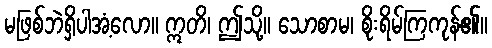
မဖြစ်ဘဲရှိပါအံ့လော။ ဣတိ၊ ဤသို့။ သောစာမ၊ စိုးရိမ်ကြကုန်၏။